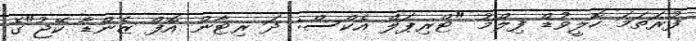
ފުރަތަމަ ހޮލީވުޑް ފިލްމު "ޓްރިޕަލް އެކްސް: ދަ ރިޓާން އޮފް ޒެންޑާ ކޭޖު"ގެ